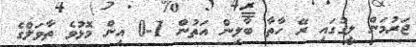
ޖަރުމަން ލީގުގައި ރޭ ހާތާ ބާލިން އަތުން 1-0 އިން މޮޅުވެ ތާވަލްގެ